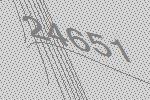
24651